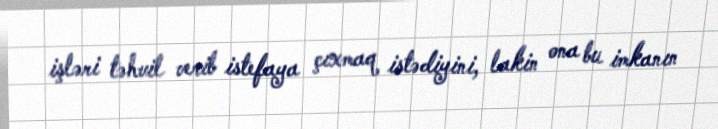
işləri təhvil verib istefaya çıxmaq istədiyini, lakin ona bu imkanın